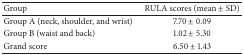
<table><thead><tr><td><b>Group</b></td><td><b>RULA scores (mean ± SD)</b></td></tr></thead><tbody><tr><td>Group A (neck, shoulder, and wrist)</td><td>7.70 ± 0.09</td></tr><tr><td>Group B (waist and back)</td><td>1.02 ± 5.30</td></tr><tr><td>Grand score</td><td>6.50 ± 1.43</td></tr></tbody></table>